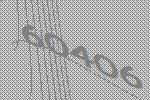
60406